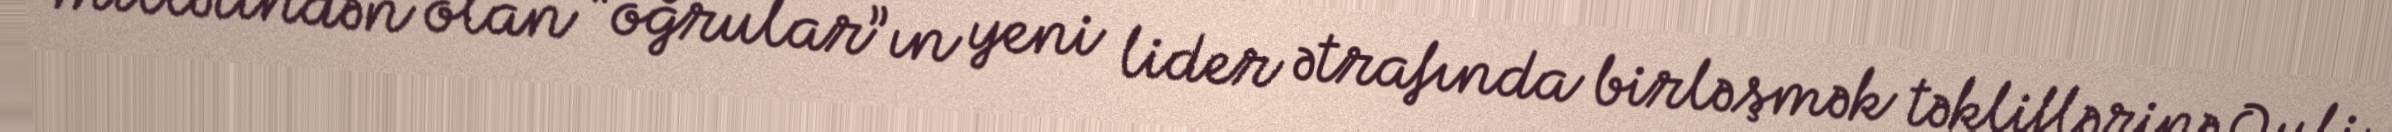
millətindən olan “oğrular”ın yeni lider ətrafında birləşmək təkliflərinə Quli